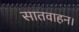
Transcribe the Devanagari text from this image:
सातवाहन।